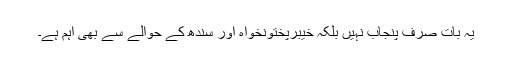
یہ بات صرف پنجاب نہیں بلکہ خیبرپختونخواہ اور سندھ کے حوالے سے بھی اہم ہے۔